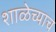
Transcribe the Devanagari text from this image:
शाळेच्याच